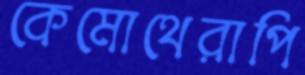
কেমোথেরাপি